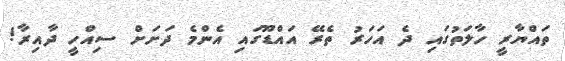
ތައްޔާރީ ހާލަތުގައި ދެ އަހަރު ތެރޭ އައްޑޫގައި އެންމެ ދަށަށް ސިއްހީ ދާއިރާ!